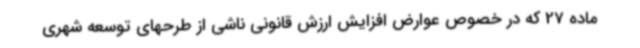
ماده 27 که در خصوص عوارض افزایش ارزش قانونی ناشی از طرحهای توسعه شهری